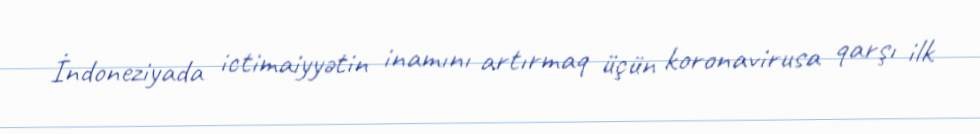
İndoneziyada ictimaiyyətin inamını artırmaq üçün koronavirusa qarşı ilk